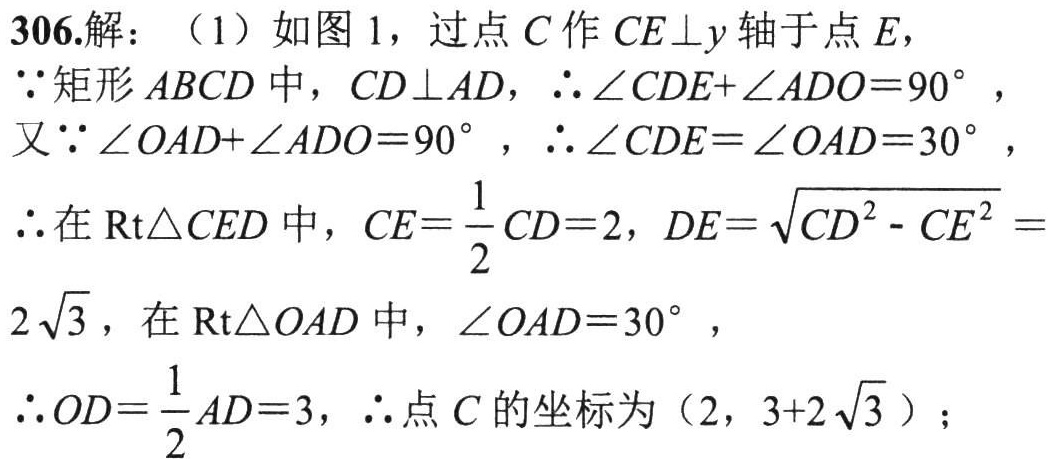
306.解：（1）如图1，过点\(C\)作\(CE\perp y\)轴于点\(E\)，
\(\because\)矩形\(ABCD\)中，\(CD\perp AD\)，\(\therefore \angle CDE+\angle ADO = 90^{\circ}\)，
又\(\because \angle OAD+\angle ADO = 90^{\circ}\)，\(\therefore \angle CDE=\angle OAD = 30^{\circ}\)，
\(\therefore\)在\(\text{Rt}\triangle CED\)中，\(CE=\dfrac{1}{2}CD = 2\)，\(DE=\sqrt{CD^{2}-CE^{2}} = 2\sqrt{3}\)，在\(\text{Rt}\triangle OAD\)中，\(\angle OAD = 30^{\circ}\)，
\(\therefore OD=\dfrac{1}{2}AD = 3\)，\(\therefore\)点\(C\)的坐标为\((2,3 + 2\sqrt{3})\)；